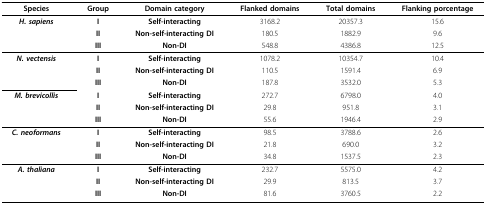
<table><thead><tr><td><b>Species</b></td><td><b>Group</b></td><td><b>Domain category</b></td><td><b>Flanked domains</b></td><td><b>Total domains</b></td><td><b>Flanking porcentage</b></td></tr></thead><tbody><tr><td rowspan="3"><i><b>H. sapiens</b></i></td><td><b>I</b></td><td><b>Self-interacting</b></td><td>3168.2</td><td>20357.3</td><td>15.6</td></tr><tr><td><b>II</b></td><td><b>Non-self-interacting DI</b></td><td>180.5</td><td>1882.9</td><td>9.6</td></tr><tr><td><b>III</b></td><td><b>Non-DI</b></td><td>548.8</td><td>4386.8</td><td>12.5</td></tr><tr><td rowspan="3"><i><b>N. vectensis</b></i></td><td><b>I</b></td><td><b>Self-interacting</b></td><td>1078.2</td><td>10354.7</td><td>10.4</td></tr><tr><td><b>II</b></td><td><b>Non-self-interacting DI</b></td><td>110.5</td><td>1591.4</td><td>6.9</td></tr><tr><td><b>III</b></td><td><b>Non-DI</b></td><td>187.8</td><td>3532.0</td><td>5.3</td></tr><tr><td rowspan="3"><i><b>M. brevicollis</b></i></td><td><b>I</b></td><td><b>Self-interacting</b></td><td>272.7</td><td>6798.0</td><td>4.0</td></tr><tr><td><b>II</b></td><td><b>Non-self-interacting DI</b></td><td>29.8</td><td>951.8</td><td>3.1</td></tr><tr><td><b>III</b></td><td><b>Non-DI</b></td><td>55.6</td><td>1946.4</td><td>2.9</td></tr><tr><td rowspan="3"><i><b>C. neoformans</b></i></td><td><b>I</b></td><td><b>Self-interacting</b></td><td>98.5</td><td>3788.6</td><td>2.6</td></tr><tr><td><b>II</b></td><td><b>Non-self-interacting DI</b></td><td>21.8</td><td>690.0</td><td>3.2</td></tr><tr><td><b>III</b></td><td><b>Non-DI</b></td><td>34.8</td><td>1537.5</td><td>2.3</td></tr><tr><td rowspan="3"><i><b>A. thaliana</b></i></td><td><b>I</b></td><td><b>Self-interacting</b></td><td>232.7</td><td>5575.0</td><td>4.2</td></tr><tr><td><b>II</b></td><td><b>Non-self-interacting DI</b></td><td>29.9</td><td>813.5</td><td>3.7</td></tr><tr><td><b>III</b></td><td><b>Non-DI</b></td><td>81.6</td><td>3760.5</td><td>2.2</td></tr></tbody></table>